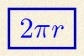
2\pi r